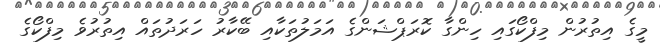
މީގެ އިތުރުން މިފްކޯގައި ހިންގާ ކޮރަޕްޝަންގެ އަމަލުތަކާއި ބޭކާރު ހަރަދުތައް އިތުރުވެ މިފްކޯގެ